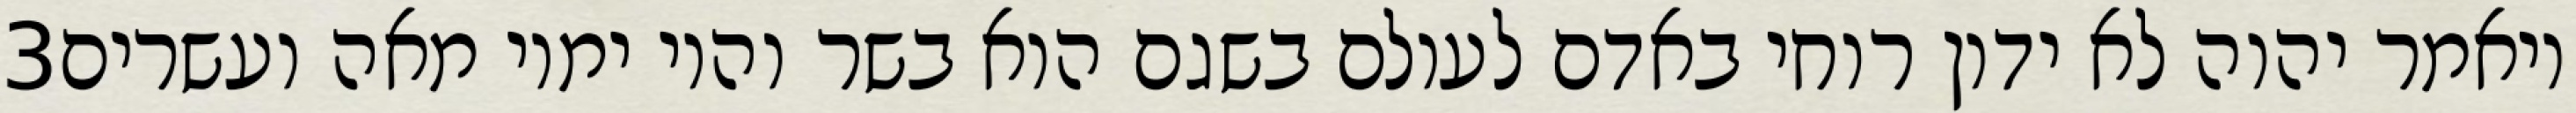
‎3‏ ויאמר יהוה לא ידון רוחי באדם לעולם בשגם הוא בשר והיו ימיו מאה ועשרים